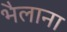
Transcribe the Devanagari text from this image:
भैलाना